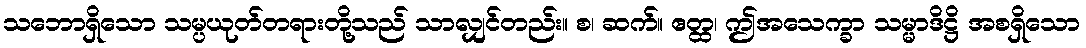
သဘောရှိသော သမ္ပယုတ်တရားတို့သည် သာလျှင်တည်း။ စ၊ ဆက်။ ဧတ္ထ၊ ဤအသေက္ခာ သမ္မာဒိဋ္ဌိ အစရှိသော